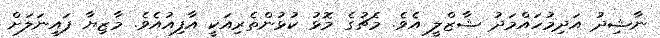
ނާޝިދު އަދިމުހައްމަދު ޝާޒްލީ އެވެ. މެޗުގެ މޮޅު ކުޅުންތެރިއަކީ އާފިއުއެވެ. މާޒިޔާ ފައިނަލަށް